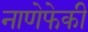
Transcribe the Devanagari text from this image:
नाणेफेकी